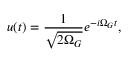
u ( t ) = \frac { 1 } { \sqrt { 2 \Omega _ { G } } } e ^ { - i \Omega _ { G } t } ,